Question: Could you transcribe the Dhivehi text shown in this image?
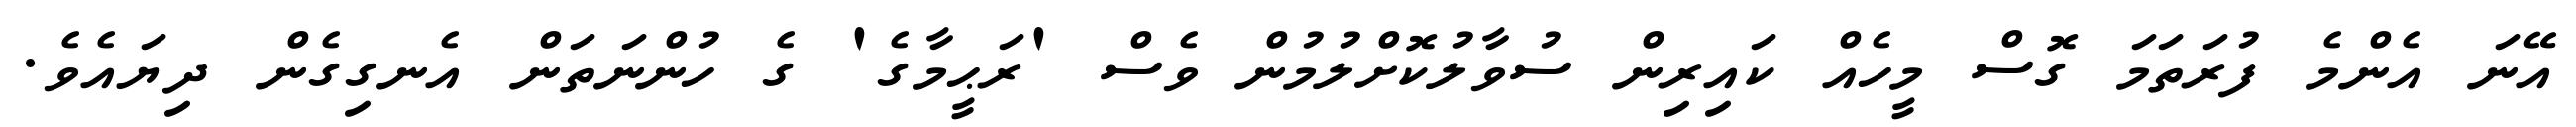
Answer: އޭނަ އެންމެ ފުރަތަމަ ގޮސް މީހެއް ކައިރިން ސުވާލުކޮށްލުމުން ވެސް 'ރަޙީމާގެ' ގެ ހުންނަތަން އެނގިގެން ދިޔައެވެ.